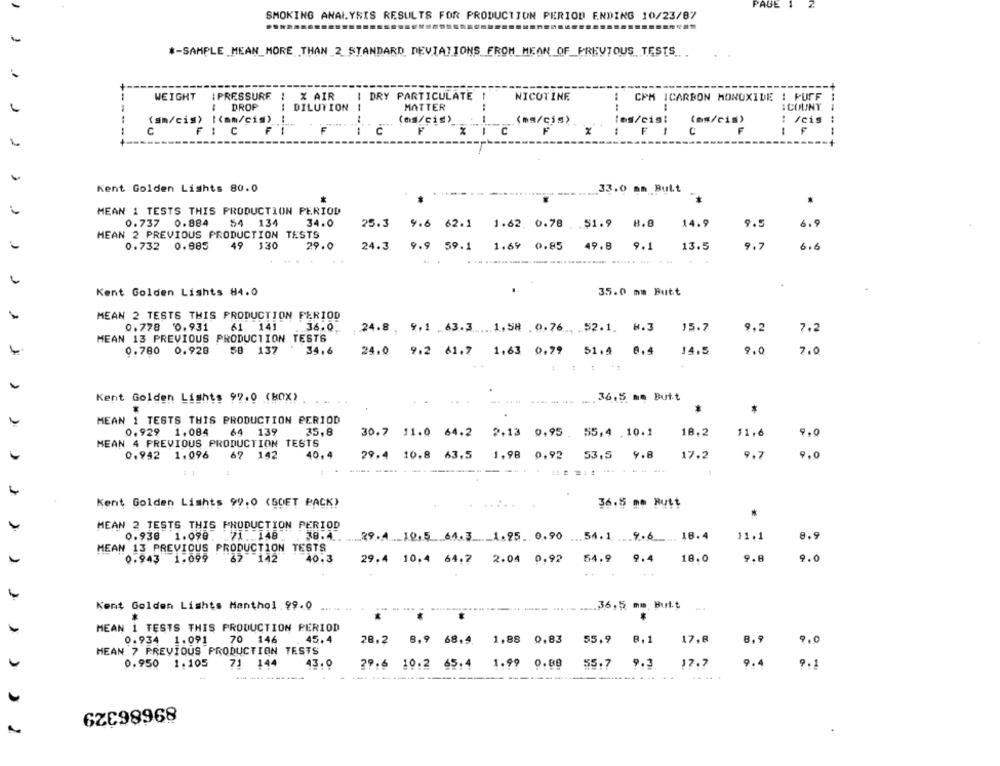
PAUL
SMOKING ANALYSIS RESULTS FOR PRODUCTION PERIOD ENDING 10/23/87
#-SAMPLE MEAN_MORE THAN 2 STANDARD DEVIATIONS FROM MEAN OF_PREVIOUS TESTS
WEIGHT
WEIGHT :PRESSURE
X AIR
DRY PARTICULATE
NICOTINE
CPM ICARBON MONOXIDE : PUFF
DROP
DILUTION
MATTER
: COUNT
--
(sm/cis) [(mm/cim) !
(ms/cis)_
(ms/cis)
les/cis:
(ms/cis)
Jeis
C
C
F
F
FIC
F 1
Kent Golden Lights 80.0
33.0 om Butt
MEAN 1 TESTS THIS PRODUCTION PERIOD
0.737
0. 884
54 134
34.0
25.3
14.9
9.5
9.6 62.1 1.62. 0.78 . 51.9
5.9
MEAN 2 PREVIOUS PRODUCTION TESTS
24.3
9.9 59.1
1.69 0.85
9.1
13.5
9.7
5.6
0.732
0.885
49 330
29.0
49. B
......----
---
Kent Golden Lights 84.0
35.0 mm Butt
MEAN 2 TESTS THIS PRODUCTION PERIOD
0.778 0.931
61 141
36.0.
24.8 . 9.1 .63.3 .1.58 .0.76.52.1. 8.3
15.7
9.2
7.2
MEAN 13 PREVIOUS PRODUCTION TESTS
0.780 0.928
58 137
34.6
24.0 9.2 61.7 1.63 0.29 51.4 8.4
14.5
9.0
7.0
Kent Golden Lights 99.0 (BOX)
36,5 me Butt
*
MEAN 1 TESTS THIS PRODUCTION PERIOD
0.929 1.084
64 139
35,8
30.7 11.0 64.2 2.13 0.95 . 55,4 .10.1
18.2
11.6
9.0
MEAN 4 PREVIOUS PRODUCTION TESTS
0.942 1.096
67 142
40,4
29.4 10.8 63.5 1,98 0,92 53,5 9.8
17.2
9.7
9.0
Kent Golden Lights 99.0 (SDET PACK)
36.5 mo Rutt
*
MEAN 2 TESTS THIS PRODUCTION PERIOD
0.938
1.098
71 .. 148
38.4.
_1.95 .. 0.90 ... 54.1 .. 9.6 .18.4
11.1
8.9
29.4 10,5 64.3 1.95. 0.90
MEAN 13 PREVIOUS PRODUCTION TESTS
0.943 1.099
142
40.3
29,4 10,4 64.7
2.04 0,92 54.9 9.4
18.0
9.8
9.0
Kent Golden Lights Menthol.99.0
36,5 mm, Butt
MEAN 1 TESTS THIS PRODUCTION PERIOD
0.934 1.091
70 146
45.4
28.2 8.9 68.4.
1.88 0,83
55,9
8.1
17,8
8.9
9,0
MEAN 7 PREVIOUS PRODUCTION TESTS
0.950
1.105
1 144
43.0
29.6 10.2 65.4 1.99 0.08
55.7
9.3
17.7
9.4
9.1
6ZE98968